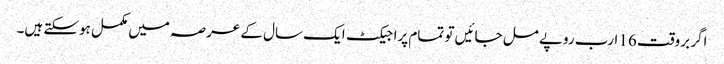
اگر بروقت 16 ارب روپے مل جائیں تو تمام پراجیکٹ ایک سال کے عرصہ میں مکمل ہوسکتے ہیں۔